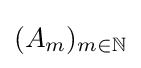
(A_{m})_{m\in \mathbb {N} }